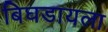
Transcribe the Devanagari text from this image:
बिघडायला